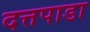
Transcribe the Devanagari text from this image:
दत्तपाडा